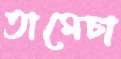
তামেচা